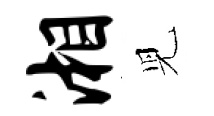
湘児